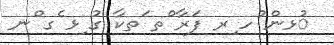
ުޅން ުހ ިރ ފަރާ ްތ ަތކާ ގު ިޅ ެގ ްނ